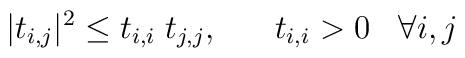
|t_{i,j}|^{2} \leq t_{i,i}\; t_{j,j},\;\;\;\;\;\; t_{i,i} > 0\;\;\;\forall i,j